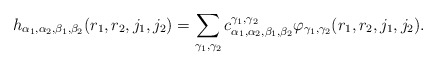
\begin{align*}h_{\alpha_1, \alpha_2, \beta_1, \beta_2} (r_1,r_2,j_1,j_2) =\sum_{\gamma_1, \gamma_2} c_{\alpha_1, \alpha_2, \beta_1,\beta_2}^{\gamma_1, \gamma_2} \varphi_{\gamma_1, \gamma_2}(r_1,r_2,j_1,j_2).\end{align*}